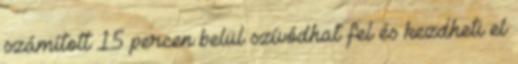
számított 15 percen belül szívódhat fel és kezdheti el